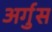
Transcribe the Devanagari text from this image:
अर्गुस